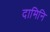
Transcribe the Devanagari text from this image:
दामिनि